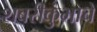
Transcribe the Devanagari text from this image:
शबरीकुंभाचे